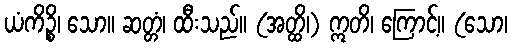
ယံကိဉ္စိ၊ သော။ ဆတ္တံ၊ ထီးသည်။ (အတ္ထိ၊) ဣတိ၊ ကြောင့်။ (သော၊